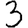
Digit: 3